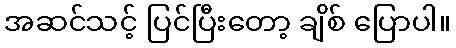
အဆင်သင့် ပြင်ပြီးတော့ ချိစ် ပြောပါ။